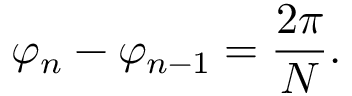
\varphi _ { n } - \varphi _ { n - 1 } = { \frac { 2 \pi } { N } } .